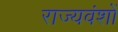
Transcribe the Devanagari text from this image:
राज्यवंशों